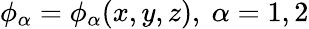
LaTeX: \phi_{\alpha}=\phi_{\alpha}(x,y,z),~\alpha=1,2